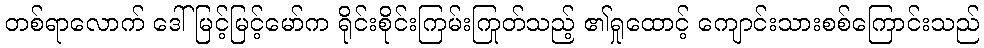
တစ်ရာလောက် ဒေါ်မြင့်မြင့်မော်က ရိုင်းစိုင်းကြမ်းကြုတ်သည့် ၏ရှုထောင့် ကျောင်းသားစစ်ကြောင်းသည်